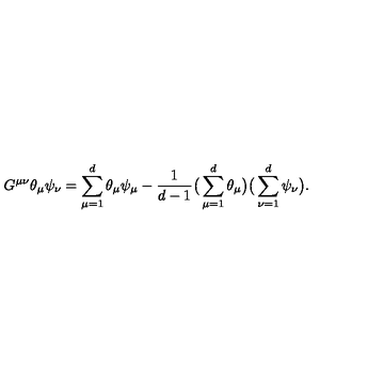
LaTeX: G ^ { \mu \nu } \theta _ { \mu } \psi _ { \nu } = \sum _ { \mu = 1 } ^ { d } \theta _ { \mu } \psi _ { \mu } - \frac { 1 } { d - 1 } \big ( \sum _ { \mu = 1 } ^ { d } \theta _ { \mu } \big ) \big ( \sum _ { \nu = 1 } ^ { d } \psi _ { \nu } \big ) .